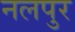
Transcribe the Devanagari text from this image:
नलपुर